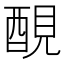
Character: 𨡁